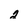
Character: 2